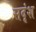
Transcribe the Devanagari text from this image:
सदृंश